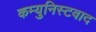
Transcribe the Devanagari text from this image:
कम्युनिस्टवाद